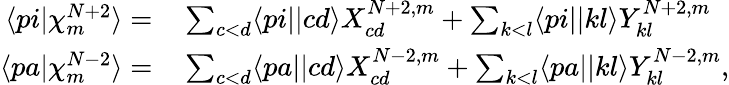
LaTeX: \begin{array}{rl}{\langle pi|\chi_{m}^{N+2}\rangle=}&{{}\sum_{c<d}\langle pi||cd\rangle X_{cd}^{N+2,m}+\sum_{k<l}\langle pi||kl\rangle Y_{kl}^{N+2,m}}\\ {\langle pa|\chi_{m}^{N-2}\rangle=}&{{}\sum_{c<d}\langle pa||cd\rangle X_{cd}^{N-2,m}+\sum_{k<l}\langle pa||kl\rangle Y_{kl}^{N-2,m},}\end{array}